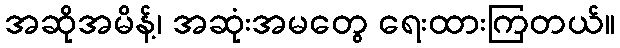
အဆိုအမိန့်၊ အဆုံးအမတွေ ရေးထားကြတယ်။